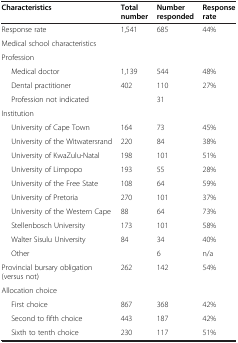
<table><thead><tr><td><b>Characteristics</b></td><td><b>Total number</b></td><td><b>Number responded</b></td><td><b>Response rate</b></td></tr></thead><tbody><tr><td>Response rate</td><td>1,541</td><td>685</td><td>44%</td></tr><tr><td colspan="4">Medical school characteristics</td></tr><tr><td colspan="4">Profession</td></tr><tr><td>Medical doctor</td><td>1,139</td><td>544</td><td>48%</td></tr><tr><td>Dental practitioner</td><td>402</td><td>110</td><td>27%</td></tr><tr><td>Profession not indicated</td><td> </td><td>31</td><td> </td></tr><tr><td>Institution</td><td> </td><td> </td><td> </td></tr><tr><td>University of Cape Town</td><td>164</td><td>73</td><td>45%</td></tr><tr><td>University of the Witwatersrand</td><td>220</td><td>84</td><td>38%</td></tr><tr><td>University of KwaZulu-Natal</td><td>198</td><td>101</td><td>51%</td></tr><tr><td>University of Limpopo</td><td>193</td><td>55</td><td>28%</td></tr><tr><td>University of the Free State</td><td>108</td><td>64</td><td>59%</td></tr><tr><td>University of Pretoria</td><td>270</td><td>101</td><td>37%</td></tr><tr><td>University of the Western Cape</td><td>88</td><td>64</td><td>73%</td></tr><tr><td>Stellenbosch University</td><td>173</td><td>101</td><td>58%</td></tr><tr><td>Walter Sisulu University</td><td>84</td><td>34</td><td>40%</td></tr><tr><td>Other</td><td> </td><td>6</td><td>n/a</td></tr><tr><td>Provincial bursary obligation (versus not)</td><td>262</td><td>142</td><td>54%</td></tr><tr><td>Allocation choice</td><td> </td><td> </td><td> </td></tr><tr><td>First choice</td><td>867</td><td>368</td><td>42%</td></tr><tr><td>Second to fifth choice</td><td>443</td><td>187</td><td>42%</td></tr><tr><td>Sixth to tenth choice</td><td>230</td><td>117</td><td>51%</td></tr></tbody></table>